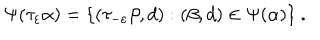
\Psi ( \tau _ { \varepsilon } \alpha ) = \{ ( \tau _ { - \varepsilon } \beta , d ) : ( \beta , d ) \in \Psi ( \alpha ) \} \ .